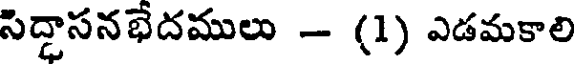
సిద్ధాసనభేదములు - (1) ఎడమకాలి